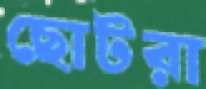
ছোটরা